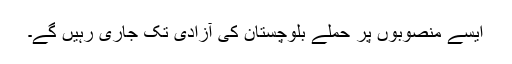
ایسے منصوبوں پر حملے بلوچستان کی آزادی تک جاری رہیں گے۔